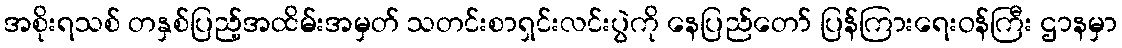
အစိုးရသစ် တနှစ်ပြည့်အထိမ်းအမှတ် သတင်းစာရှင်းလင်းပွဲကို နေပြည်တော် ပြန်ကြားရေးဝန်ကြီး ဌာနမှာ